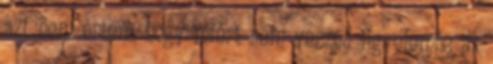
azt nem értem, hogy miért nem veszed figyelembe az